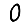
Digit: 0